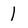
Character: l